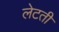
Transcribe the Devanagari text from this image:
लेटती